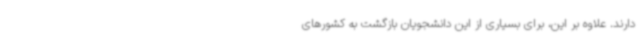
دارند. علاوه بر این، برای بسیاری از این دانشجویان بازگشت به کشورهای